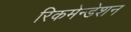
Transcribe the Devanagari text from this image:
रिकमेन्डेशन